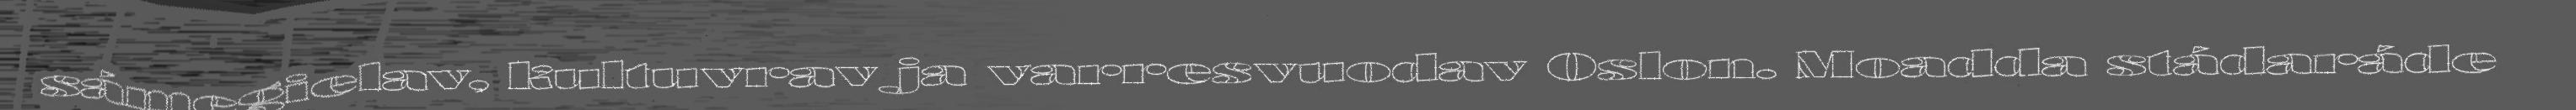
sámegielav, kultuvrav ja varresvuodav Oslon. Moadda stádaráde